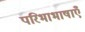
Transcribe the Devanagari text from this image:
परिभाभाषाएँ